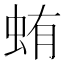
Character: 蛕